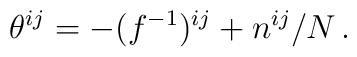
\theta^{ij} = -(f^{-1})^{ij} + n^{ij}/N \, .